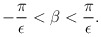
\begin{align*}-{\pi\over\epsilon}<\beta <{\pi\over\epsilon}.\end{align*}